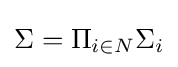
\Sigma =\Pi _{i\in N}\Sigma _{i}